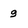
Character: 9